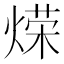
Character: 𫞡